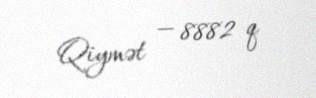
Qiymət — 8882 q